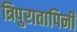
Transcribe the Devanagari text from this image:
त्रिपुरातापिनी